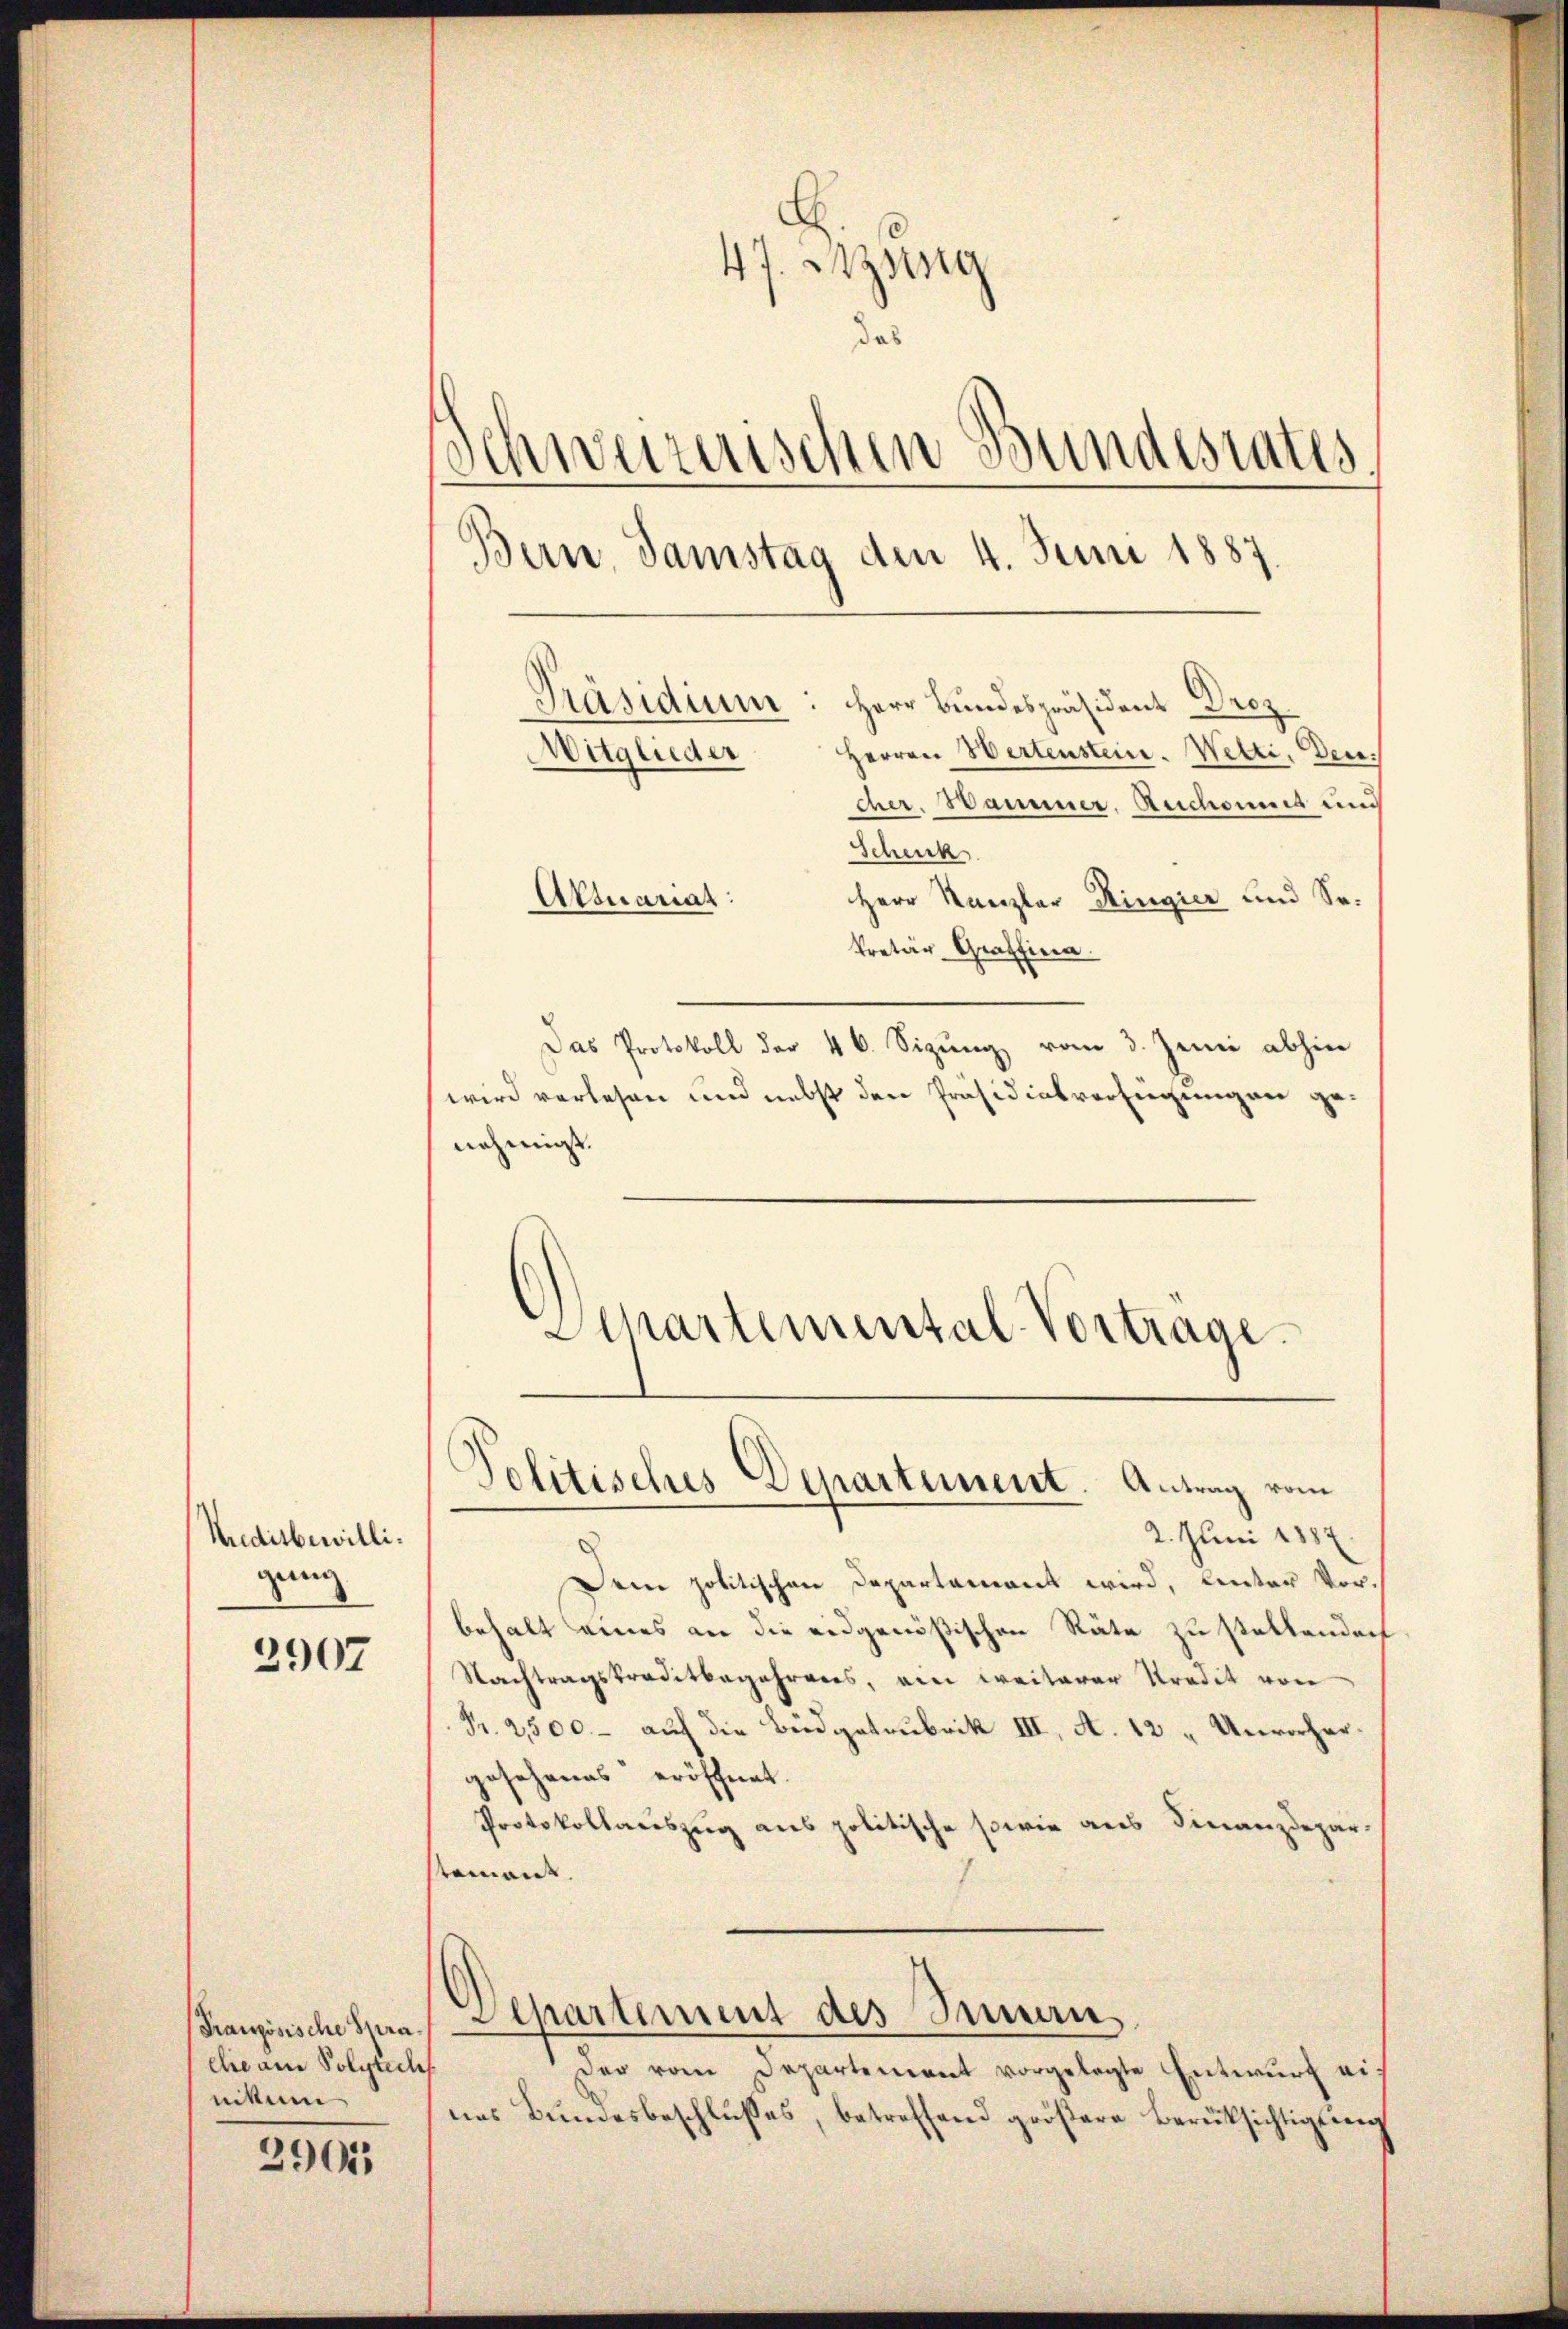
Meditbewilligang

2907

Französische Spraelie am Polytech
nitum

3901

47. Sitzung
das
Schweizerischen Bundesrates
Bern, Samstag den 4. Juni 1887
Präsidium: Herr Bundespräsident Drez
Herren Wertenstein. Wetti, Den
Witglieder
cher. Hammer, Ruchomnes und
Schenk

Herr Kanzler Ringier und Se.
kretär Graffina
Das Protokoll der 4 6. Sizung vom 3. Juni abhin
wird verlesen und nebst den Präsidialverfügungen genehmigt.
.
Schartemental-Vortrage

Attuariat

d
3
olitisches Departement. Antrag vom

2. Juni 1887.
Dein politischen Departement wird, Unter Vor-
behalt eines an die eidgenößischen Räte zu stellendoch
Nachtragskreditbegehrens, ein weiterer Kredit von
Fr. 2500.- auf die Büdgetrubrik III, A. 12 „Unvorhergesehenes eröffnet.
Protokollauszug aus politische sowie aus Finanzdepartement
Departement des Innern
Der vom Departement vorgelegte Entwurf eines Bundesbeschlusses, betreffend größere Berüksichtigung